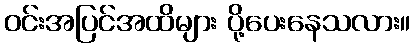
ဝင်းအပြင်အထိများ ပို့ပေးနေသလား။